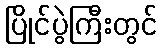
ပြိုင်ပွဲကြီးတွင်